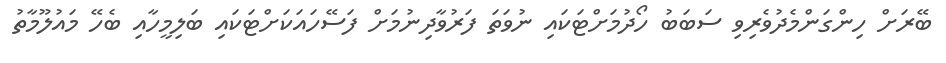
ބޭރަށް ހިންގަންމެދުވެރިވި ސަބަބު ހޯދުމަށްޓަކައި ނުވަތަ ފަރުވާދިނުމަށް ފަސޭހައަކަށްޓަކައި ބަލިމީހާއި ބެހޭ މައުލޫމާތު